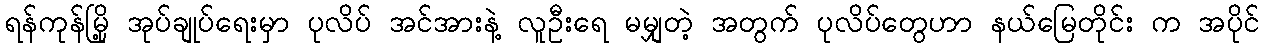
ရန်ကုန်မြို့ အုပ်ချုပ်ရေးမှာ ပုလိပ် အင်အားနဲ့ လူဦးရေ မမျှတဲ့ အတွက် ပုလိပ်တွေဟာ နယ်မြေတိုင်း က အပိုင်